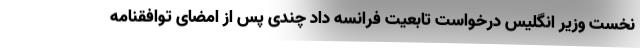
نخست وزیر انگلیس درخواست تابعیت فرانسه داد چندی پس از امضای توافقنامه